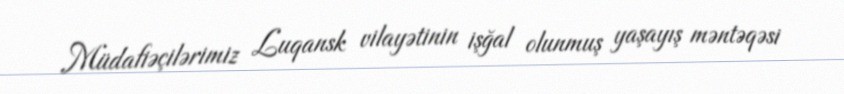
Müdafiəçilərimiz Luqansk vilayətinin işğal olunmuş yaşayış məntəqəsi